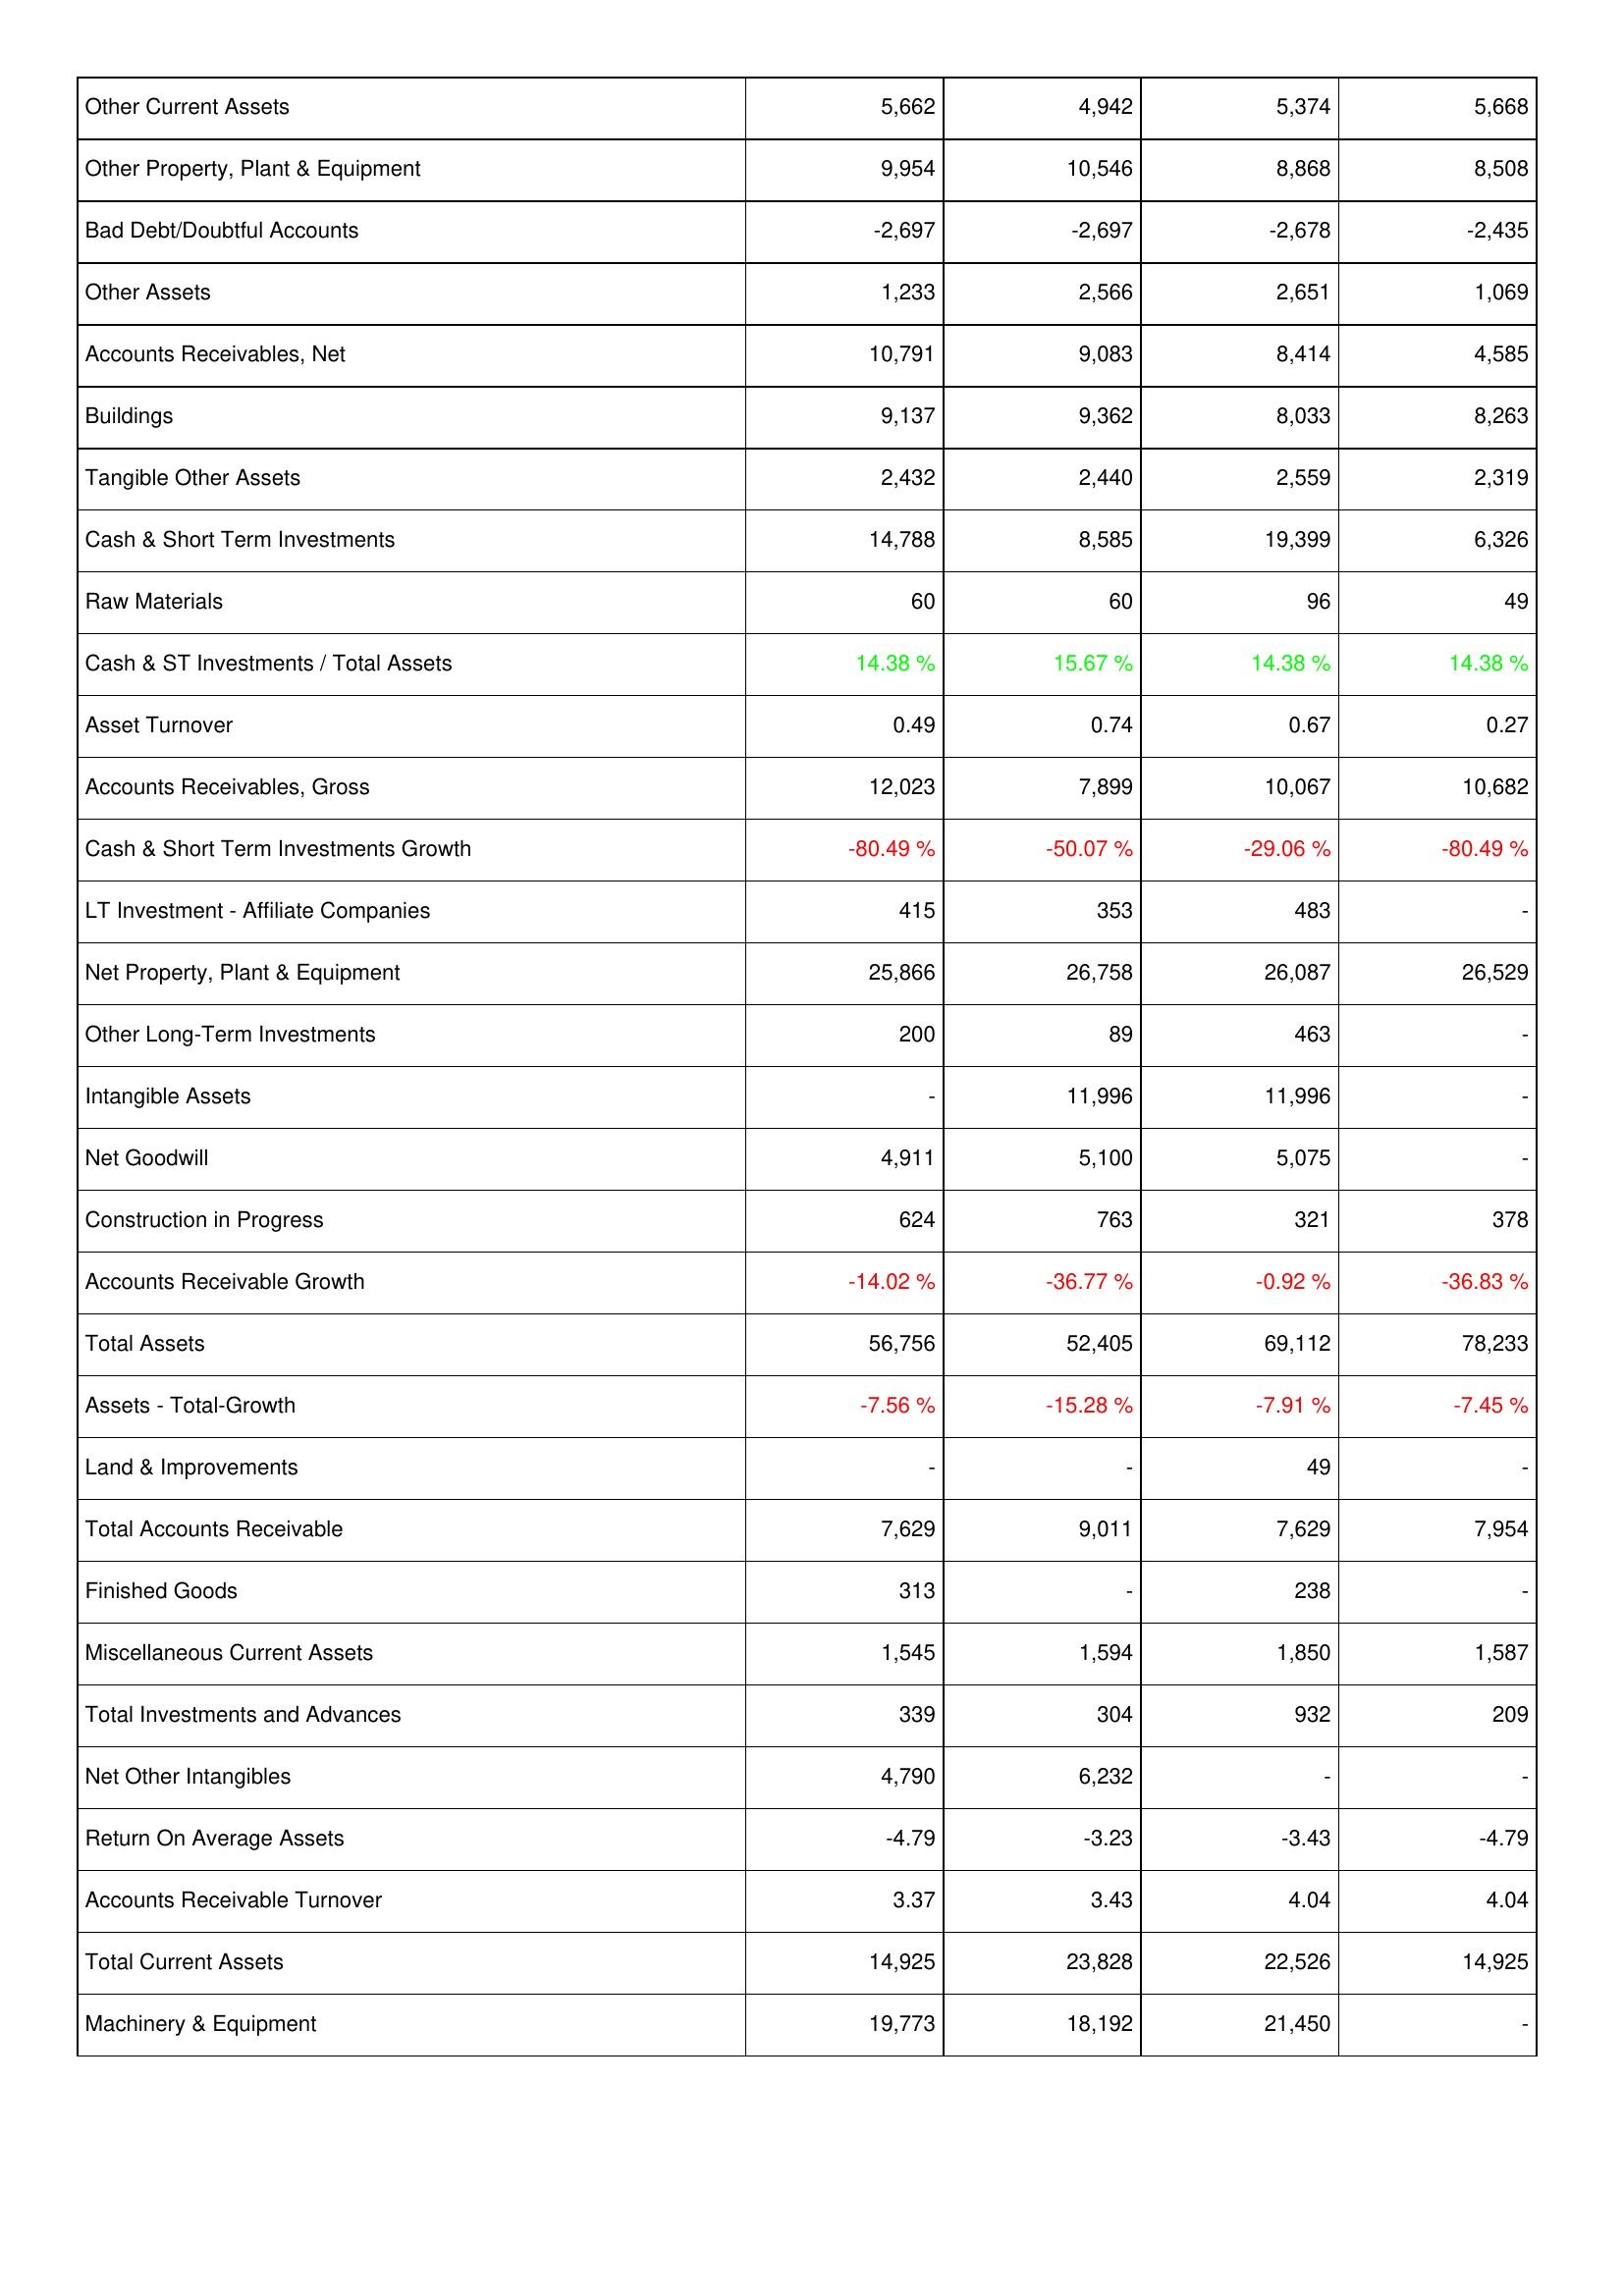
2015: Assets: Other Current Assets: 5,662
Other Property, Plant & Equipment: 9,954
Bad Debt/Doubtful Accounts: -2,697
Other Assets: 1,233
Accounts Receivables, Net: 10,791
Buildings: 9,137
Tangible Other Assets: 2,432
Cash & Short Term Investments: 14,788
Raw Materials: 60
Cash & ST Investments / Total Assets: 14.38 %
Asset Turnover: 0.49
Accounts Receivables, Gross: 12,023
Cash & Short Term Investments Growth: -80.49 %
LT Investment - Affiliate Companies: 415
Net Property, Plant & Equipment: 25,866
Other Long-Term Investments: 200
Intangible Assets: -
Net Goodwill: 4,911
Construction in Progress: 624
Accounts Receivable Growth: -14.02 %
Total Assets: 56,756
Assets - Total-Growth: -7.56 %
Land & Improvements: -
Total Accounts Receivable: 7,629
Finished Goods: 313
Miscellaneous Current Assets: 1,545
Total Investments and Advances: 339
Net Other Intangibles: 4,790
Return On Average Assets: -4.79
Accounts Receivable Turnover: 3.37
Total Current Assets: 14,925
Machinery & Equipment: 19,773
2014: Assets: Other Current Assets: 4,942
Other Property, Plant & Equipment: 10,546
Bad Debt/Doubtful Accounts: -2,697
Other Assets: 2,566
Accounts Receivables, Net: 9,083
Buildings: 9,362
Tangible Other Assets: 2,440
Cash & Short Term Investments: 8,585
Raw Materials: 60
Cash & ST Investments / Total Assets: 15.67 %
Asset Turnover: 0.74
Accounts Receivables, Gross: 7,899
Cash & Short Term Investments Growth: -50.07 %
LT Investment - Affiliate Companies: 353
Net Property, Plant & Equipment: 26,758
Other Long-Term Investments: 89
Intangible Assets: 11,996
Net Goodwill: 5,100
Construction in Progress: 763
Accounts Receivable Growth: -36.77 %
Total Assets: 52,405
Assets - Total-Growth: -15.28 %
Land & Improvements: -
Total Accounts Receivable: 9,011
Finished Goods: -
Miscellaneous Current Assets: 1,594
Total Investments and Advances: 304
Net Other Intangibles: 6,232
Return On Average Assets: -3.23
Accounts Receivable Turnover: 3.43
Total Current Assets: 23,828
Machinery & Equipment: 18,192
2013: Assets: Other Current Assets: 5,374
Other Property, Plant & Equipment: 8,868
Bad Debt/Doubtful Accounts: -2,678
Other Assets: 2,651
Accounts Receivables, Net: 8,414
Buildings: 8,033
Tangible Other Assets: 2,559
Cash & Short Term Investments: 19,399
Raw Materials: 96
Cash & ST Investments / Total Assets: 14.38 %
Asset Turnover: 0.67
Accounts Receivables, Gross: 10,067
Cash & Short Term Investments Growth: -29.06 %
LT Investment - Affiliate Companies: 483
Net Property, Plant & Equipment: 26,087
Other Long-Term Investments: 463
Intangible Assets: 11,996
Net Goodwill: 5,075
Construction in Progress: 321
Accounts Receivable Growth: -0.92 %
Total Assets: 69,112
Assets - Total-Growth: -7.91 %
Land & Improvements: 49
Total Accounts Receivable: 7,629
Finished Goods: 238
Miscellaneous Current Assets: 1,850
Total Investments and Advances: 932
Net Other Intangibles: -
Return On Average Assets: -3.43
Accounts Receivable Turnover: 4.04
Total Current Assets: 22,526
Machinery & Equipment: 21,450
2012: Assets: Other Current Assets: 5,668
Other Property, Plant & Equipment: 8,508
Bad Debt/Doubtful Accounts: -2,435
Other Assets: 1,069
Accounts Receivables, Net: 4,585
Buildings: 8,263
Tangible Other Assets: 2,319
Cash & Short Term Investments: 6,326
Raw Materials: 49
Cash & ST Investments / Total Assets: 14.38 %
Asset Turnover: 0.27
Accounts Receivables, Gross: 10,682
Cash & Short Term Investments Growth: -80.49 %
LT Investment - Affiliate Companies: -
Net Property, Plant & Equipment: 26,529
Other Long-Term Investments: -
Intangible Assets: -
Net Goodwill: -
Construction in Progress: 378
Accounts Receivable Growth: -36.83 %
Total Assets: 78,233
Assets - Total-Growth: -7.45 %
Land & Improvements: -
Total Accounts Receivable: 7,954
Finished Goods: -
Miscellaneous Current Assets: 1,587
Total Investments and Advances: 209
Net Other Intangibles: -
Return On Average Assets: -4.79
Accounts Receivable Turnover: 4.04
Total Current Assets: 14,925
Machinery & Equipment: -